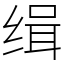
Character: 缉